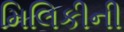
મિલિકીની